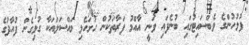
ފުލުހުންގެ ވެބްސައިޓުގައި ބުނެފައި ވަނީ އާއްމު ފަރާތަކުން ހުށަހެޅި މައްސަލައަކާ ގުޅިގެން ފުއާދުގެ